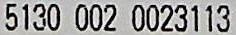
5130 002 0023113